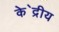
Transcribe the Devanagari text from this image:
के॓द्रीय